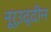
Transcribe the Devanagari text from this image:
नूरुउद्दीन